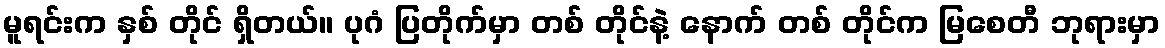
မူရင်းက နှစ် တိုင် ရှိတယ်။ ပုဂံ ပြတိုက်မှာ တစ် တိုင်နဲ့ နောက် တစ် တိုင်က မြစေတီ ဘုရားမှာ